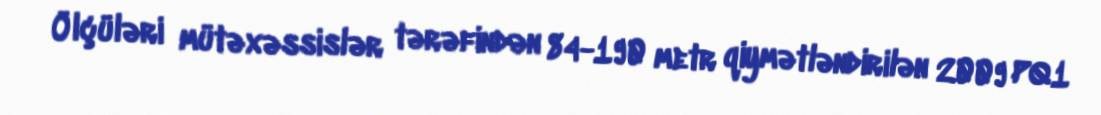
Ölçüləri mütəxəssislər tərəfindən 84-190 metr qiymətləndirilən 2009 PQ1